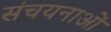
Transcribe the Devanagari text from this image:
संचयनाओं